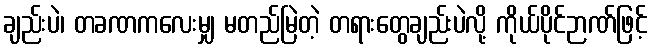
ချည်းပဲ၊ တခဏကလေးမျှ မတည်မြဲတဲ့ တရားတွေချည်းပဲလို့ ကိုယ်ပိုင်ဉာဏ်ဖြင့်